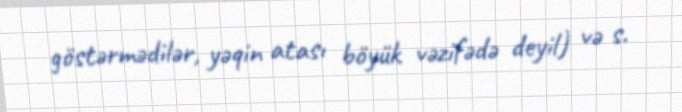
göstərmədilər, yəqin atası böyük vəzifədə deyil) və s.